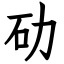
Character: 劯